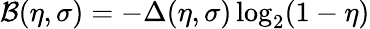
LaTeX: \mathcal{B}(\eta,\sigma)=-\Delta(\eta,\sigma)\log_{2}(1-\eta)